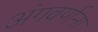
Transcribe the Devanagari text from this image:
अंगवर्णना